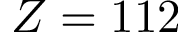
Z = 1 1 2